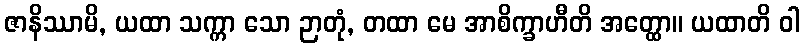
ဇာနိဿာမိ, ယထာ သက္ကာ သော ဉာတုံ, တထာ မေ အာစိက္ခာဟီတိ အတ္ထော။ ယထာတိ ဝါ